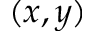
( x , y )